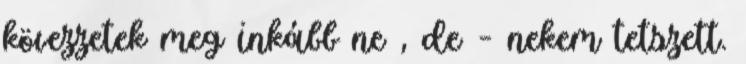
kövezzetek meg inkább ne , de – nekem tetszett.